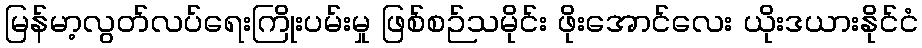
မြန်မာ့လွတ်လပ်ရေးကြိုးပမ်းမှု ဖြစ်စဉ်သမိုင်း ဖိုးအောင်လေး ယိုးဒယားနိုင်ငံ